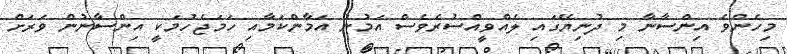
މިހެންވެ އިންސާނާ މި ދުނިޔޭގައި ލެއްވީއްސުރެވެސް އަމުނު އަމާންކަމާއި ހަމަޖެހުމަކީ އިންސާނުން ވަރަށް